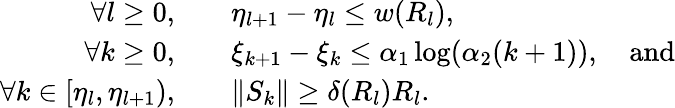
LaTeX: \begin{array}{rl}{\forall l\geq 0,\quad}&{\eta_{l+1}-\eta_{l}\leq w(R_{l}),}\\ {\forall k\geq 0,\quad}&{\xi_{k+1}-\xi_{k}\leq\alpha_{1}\log(\alpha_{2}(k+1)),\quad\mathrm{and}}\\ {\forall k\in[\eta_{l},\eta_{l+1}),\quad}&{\| S_{k}\| \geq\delta(R_{l})R_{l}.}\end{array}